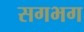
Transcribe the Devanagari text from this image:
सगभग